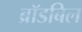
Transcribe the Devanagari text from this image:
ब्रॉडबिल